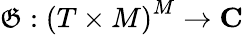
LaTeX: {\mathfrak{G}}:{{(T\times M)}^{M}}\to\mathbf{C}